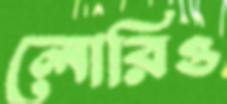
লোরিও